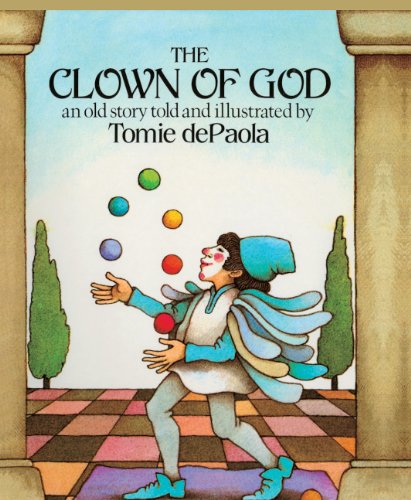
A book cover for The Clown Of God (Turtleback School & Library Binding Edition); Tomie dePaola; Children's Books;